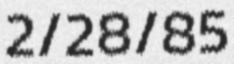
2/28/85